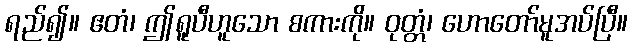
ရည်၍။ ဧတံ၊ ဤရူပီဟူသော စကားကို။ ဝုတ္တံ၊ ဟောတော်မူအပ်ပြီ။